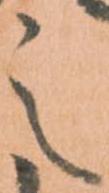
之